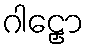
ဂါဠှော